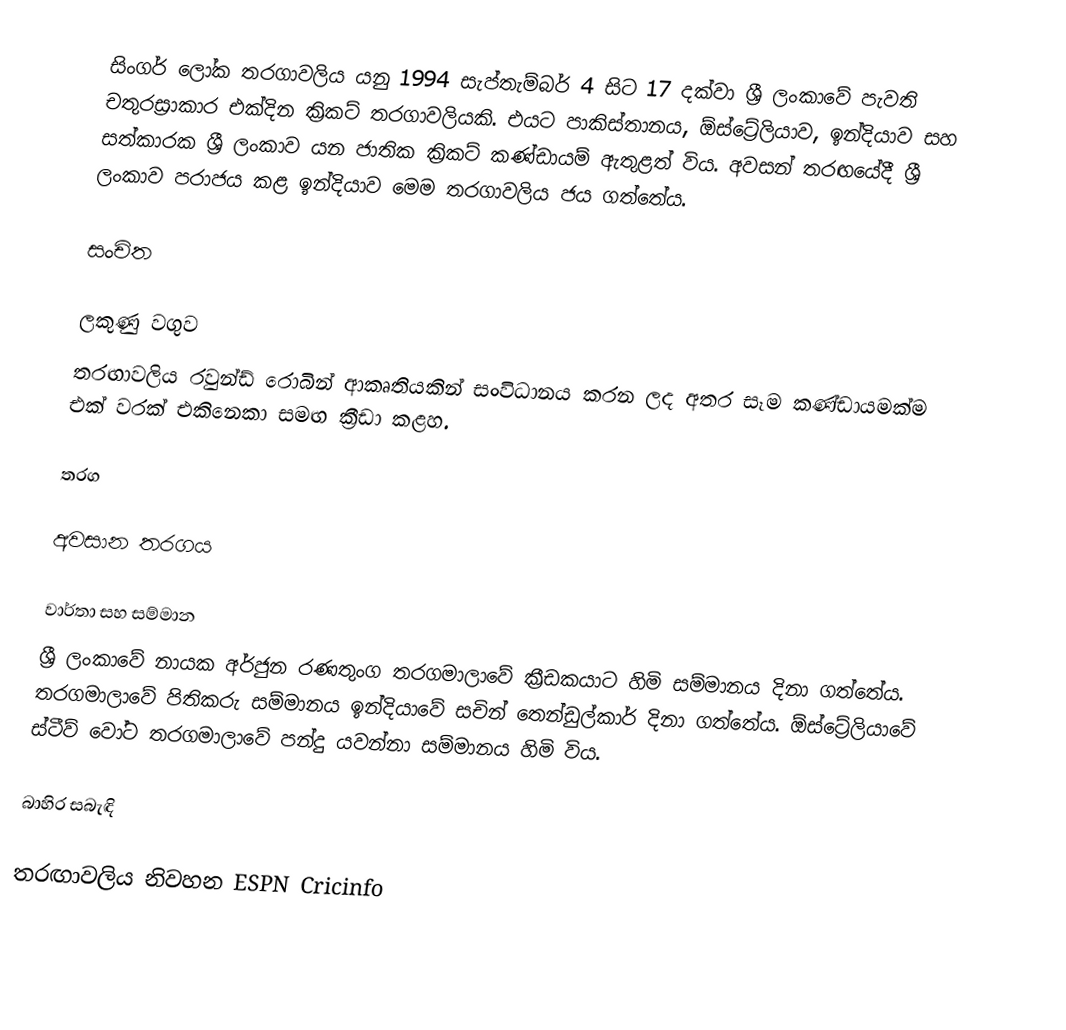
සිංගර් ලෝක තරගාවලිය යනු 1994 සැප්තැම්බර් 4 සිට 17 දක්වා ශ්‍රී ලංකාවේ පැවති චතුරස්‍රාකාර එක්දින ක්‍රිකට් තරගාවලියකි. එයට පාකිස්තානය, ඕස්ට්‍රේලියාව, ඉන්දියාව සහ සත්කාරක ශ්‍රී ලංකාව යන ජාතික ක්‍රිකට් කණ්ඩායම් ඇතුළත් විය. අවසන් තරඟයේදී ශ්‍රී ලංකාව පරාජය කළ ඉන්දියාව මෙම තරගාවලිය ජය ගත්තේය.

සංචිත

ලකුණු වගුව
තරඟාවලිය රවුන්ඩ් රොබින් ආකෘතියකින් සංවිධානය කරන ලද අතර සෑම කණ්ඩායමක්ම එක් වරක් එකිනෙකා සමඟ ක්‍රීඩා කළහ.

තරග

අවසාන තරගය

වාර්තා සහ සම්මාන
ශ්‍රී ලංකාවේ නායක අර්ජුන රණතුංග තරගමාලාවේ ක්‍රීඩකයාට හිමි සම්මානය දිනා ගත්තේය. තරගමාලාවේ පිතිකරු සම්මානය ඉන්දියාවේ සචින් තෙන්ඩුල්කාර් දිනා ගත්තේය. ඕස්ට්‍රේලියාවේ ස්ටීව් වෝට තරගමාලාවේ පන්දු යවන්නා සම්මානය හිමි විය.

බාහිර සබැඳි

 තරඟාවලිය නිවහන ESPN Cricinfo